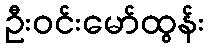
ဦးဝင်းမော်ထွန်း